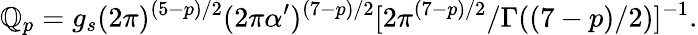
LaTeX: \mathbb{Q}_{p}=g_{s}(2\pi)^{(5-p)/2}(2\pi\alpha^{\prime})^{(7-p)/2}[2\pi^{(7-p)/2}/\Gamma((7-p)/2)]^{-1}.